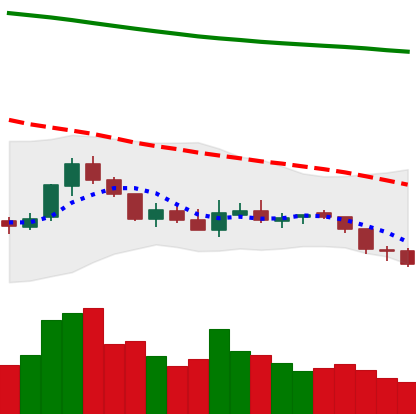
Ticker: NEO-USD
Chart end date: 2018-08-02
Forward return: -11.681%
Label: down_7plus